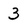
Character: 3